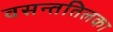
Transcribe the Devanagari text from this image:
वसन्ततिलका